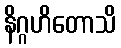
နိဂ္ဂဟိတောသိ